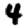
Digit: 4